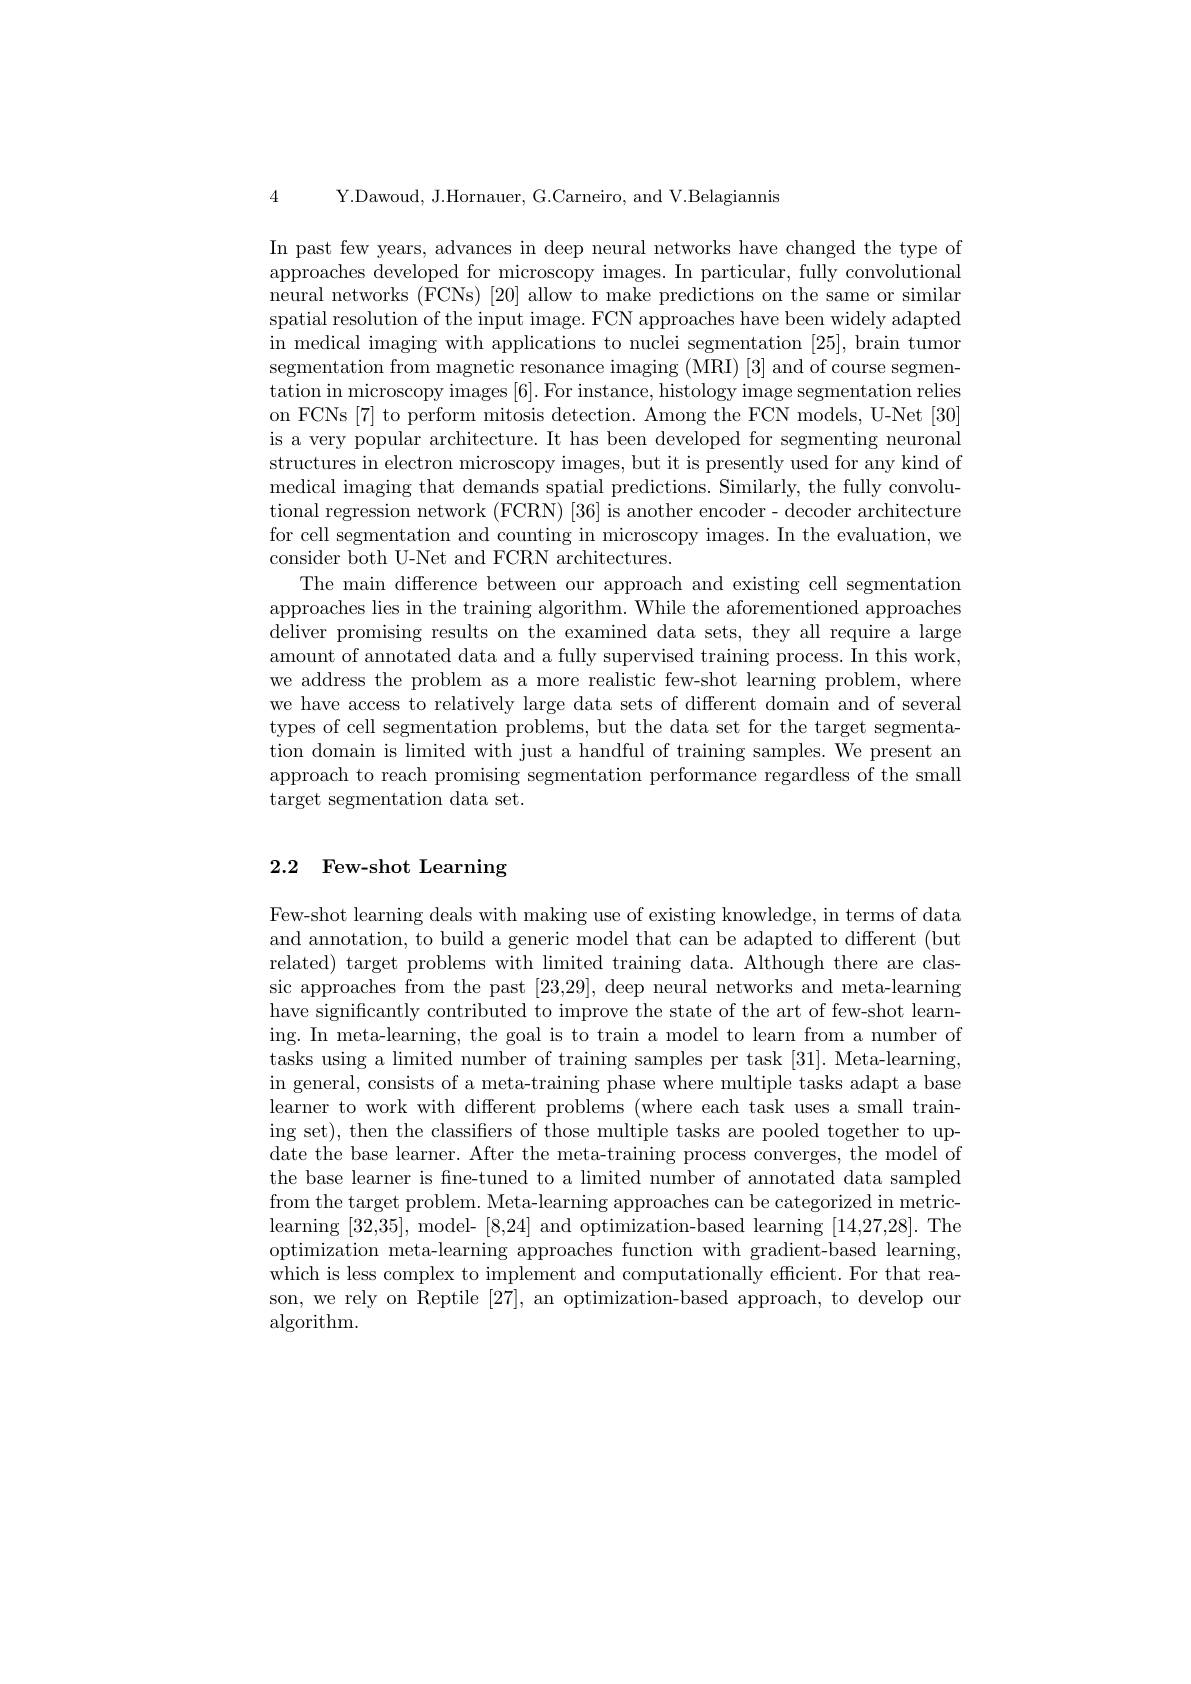
4 Y.Dawoud, J.Hornauer, G.Carneiro, and V.Belagiannis

In past few years, advances in deep neural networks have changed the type of approaches developed for microscopy images. In particular, fully convolutional neural networks (FCNs) [20] allow to make predictions on the same or similar spatial resolution of the input image. FCN approaches have been widely adapted in medical imaging with applications to nuclei segmentation [25], brain tumor segmentation from magnetic resonance imaging (MRI) [3] and of course segmentation in microscopy images [6]. For instance, histology image segmentation relies on FCNs [7] to perform mitosis detection. Among the FCN models, U-Net [30] is a very popular architecture. It has been developed for segmenting neuronal structures in electron microscopy images, but it is presently used for any kind of medical imaging that demands spatial predictions. Similarly, the fully convolutional regression network (FCRN) [36] is another encoder- decoder architecture for cell segmentation and counting in microscopy images. In the evaluation, we consider both U-Net and FCRN architectures.
The main difference between our approach and existing cell segmentation approaches lies in the training algorithm. While the aforementioned approaches deliver promising results on the examined data sets, they all require a large amount of annotated data and a fully supervised training process. In this work, we address the problem as a more realistic few-shot learning problem, where we have access to relatively large data sets of different domain and of several types of cell segmentation problems, but the data set for the target segmentation domain is limited with just a handful of training samples. We present an approach to reach promising segmentation performance regardless of the small target segmentation data set.

# 2.2 Few-shot Learning

Few-shot learning deals with making use of existing knowledge, in terms of data and annotation, to build a generic model that can be adapted to different (but) related) target problems with limited training data. Although there are classic approaches from the past [23,29], deep neural networks and meta-learning have significantly contributed to improve the state of the art of few-shot learning. In meta-learning, the goal is to train a model to learn from a number of tasks using a limited number of training samples per task [31]. Meta-learning, in general, consists of a meta-training phase where multiple tasks adapt a base learner to work with different problems (where each task uses a small training set), then the classifiers of those multiple tasks are pooled together to update the base learner. After the meta-training process converges, the model of the base learner is fne-tuned to a limited number of annotated data sampled from the target problem. Meta-learning approaches can be categorized in metriclearning [32,35], model- [8,24] and optimization-based learning [14,27,28]. The optimization meta-learning approaches function with gradient-based learning, which is less complex to implement and computationally efficient. For that reason, we rely on Reptile [27],an optimization-based approach, to develop our algorithm.